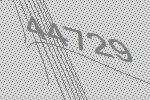
44729